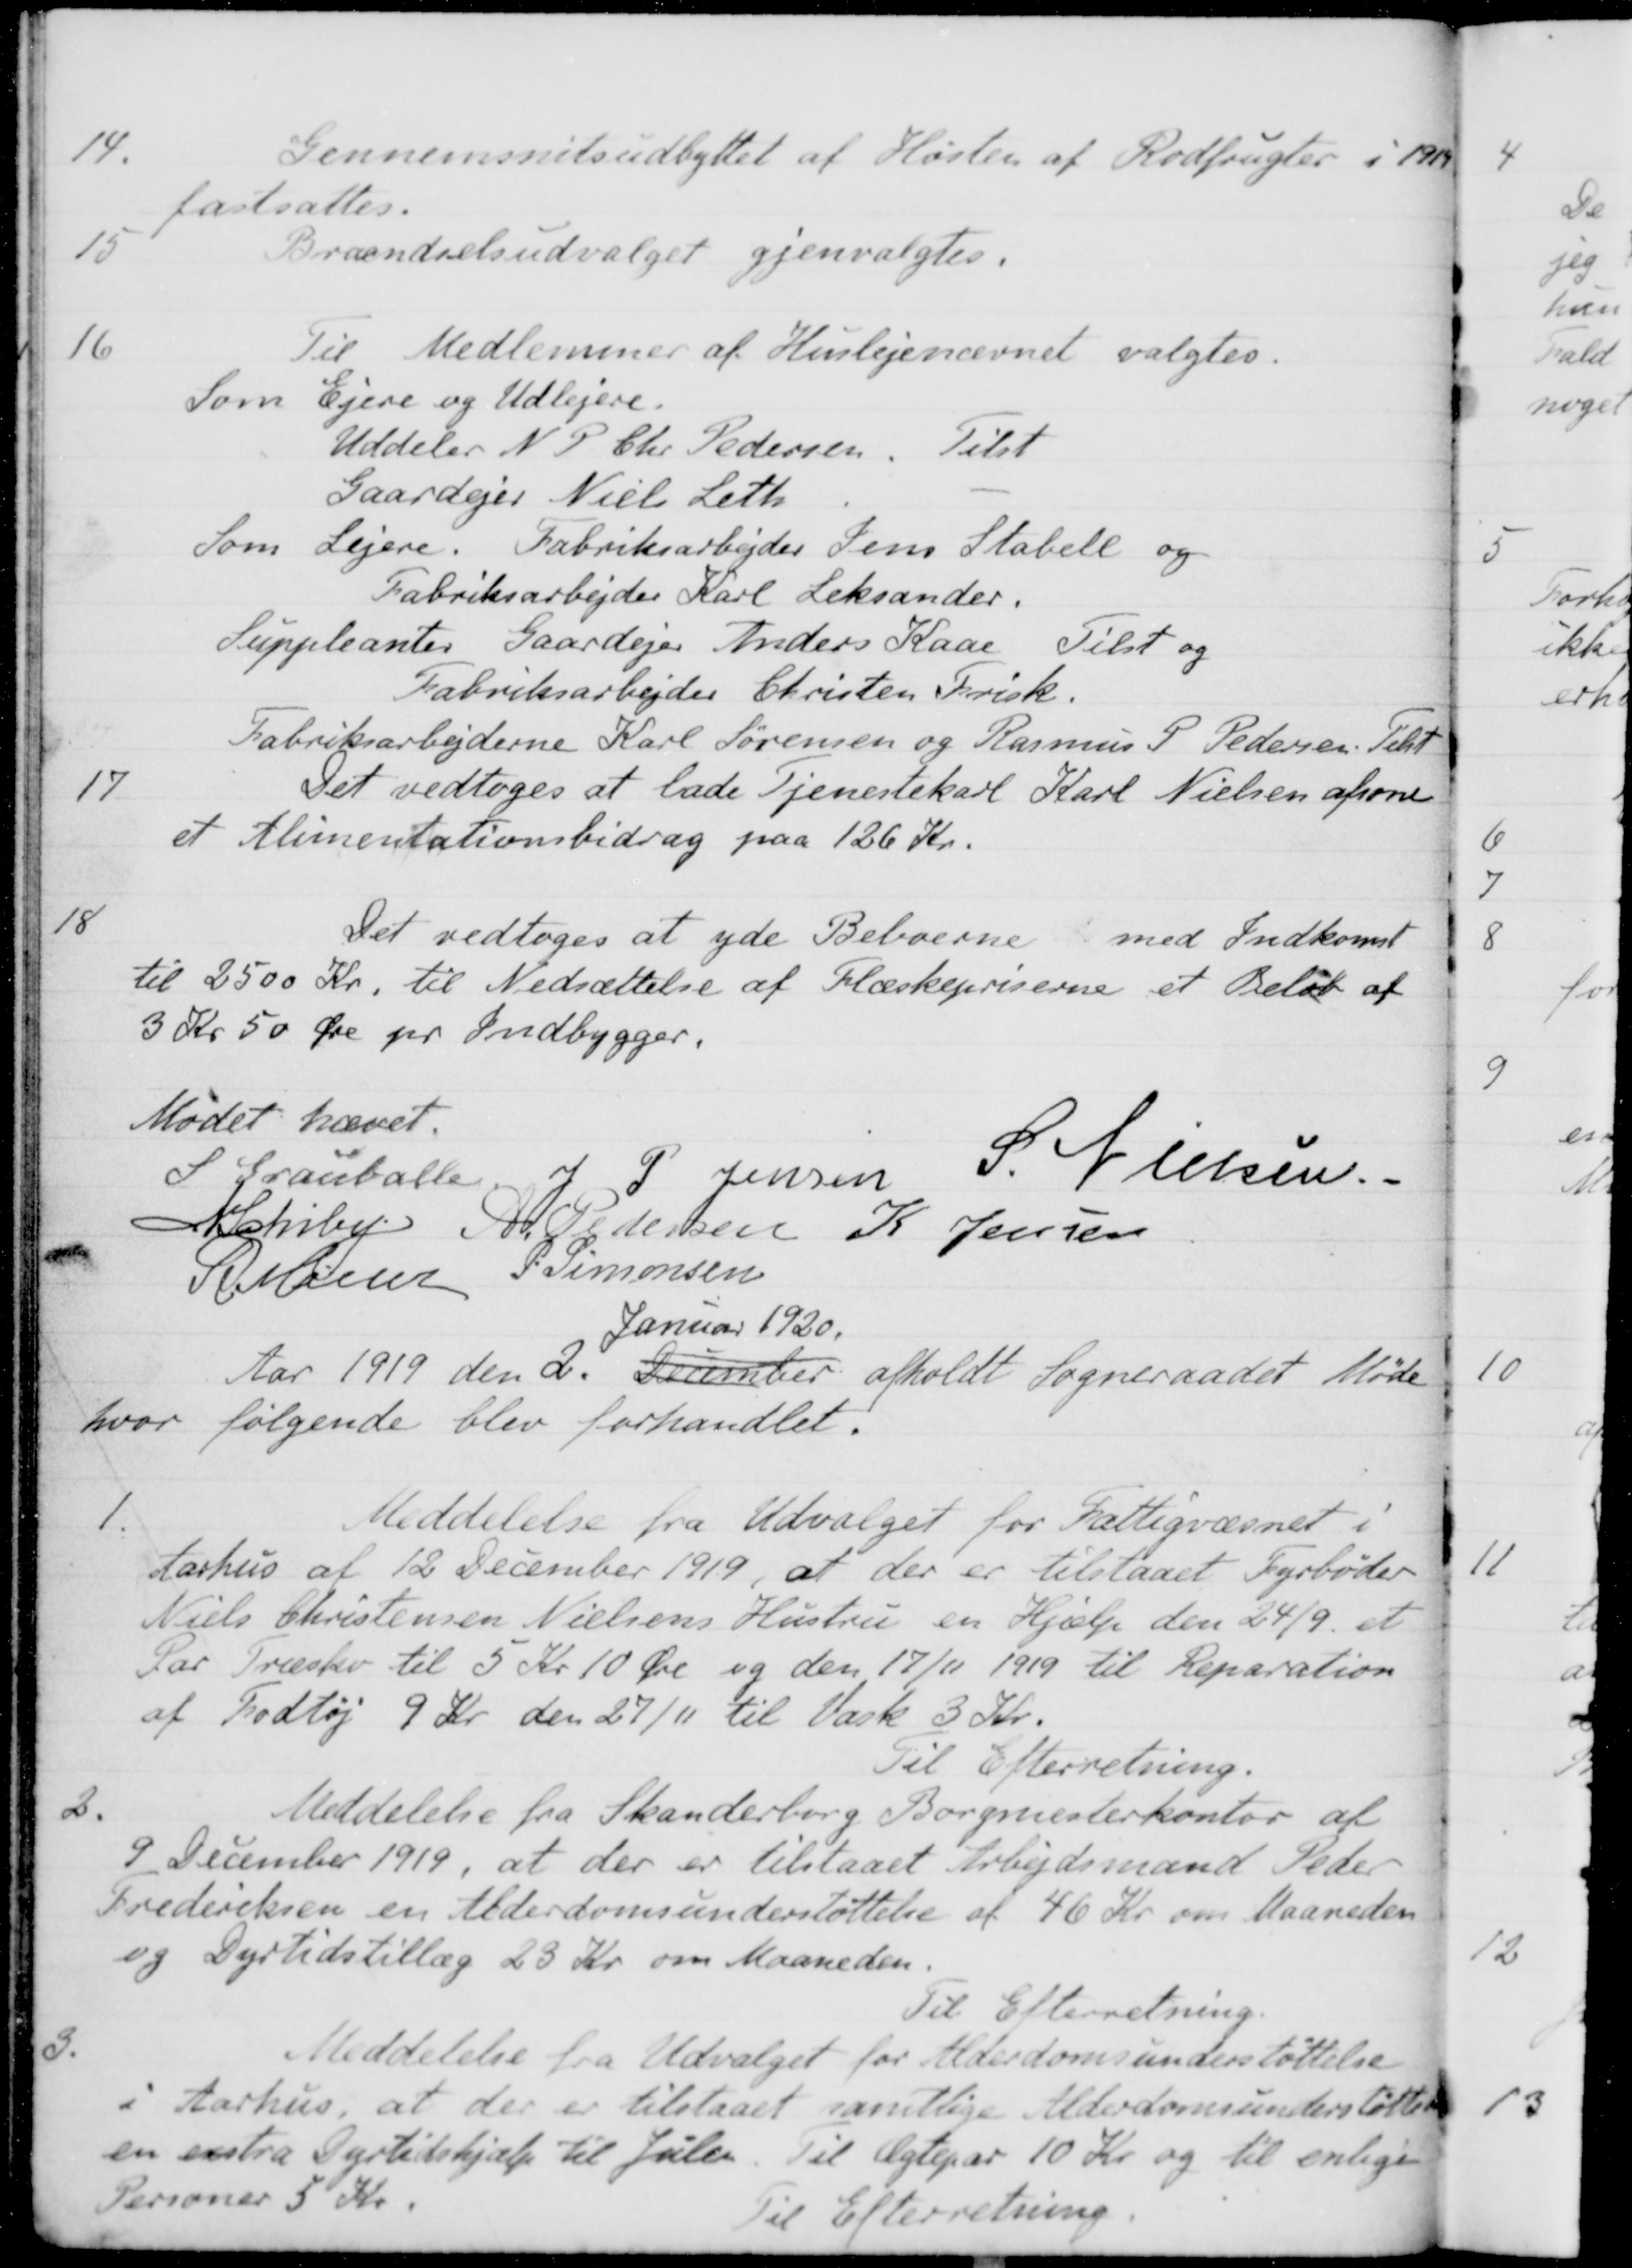
Transskription:
14.
Gennemsnitsudbyttet af Høsten af Rodfrugter i 1919
fastsattes.
15
Brændselsudvalget gjenvalgtes.
16
Til Medlemmer af Huslejenævnet valgtes.
Som Ejere og Udlejere.
Uddeler N. P. Chr. Pedersen
Tilst
Gaardejer Niels Leth
Som Lejere. Fabriksarbejder Jens Stabell og
Fabriksarbejder Karl Leksander.
Suppleanter Gaardejer Anders Kaae Tilst og
Fabriksarbejder Christen Frisk.
Fabriksarbejderne Karl Sørensen og Rasmus P. Pedersen. Tilst
17
Det vedtoges at lade Tjenestekarl Karl Nielsen afsone
et Alimentationsbidrag paa 126 Kr.
18
Det vedtoges at yde Beboerne med Indkomst
til 2500 Kr. til Nedsættelse af Flæskepriserne et Beløb af
3 Kr 50 Øre pr Indbygger.
Mødet hævet.
S Grauballe
J. P. Jensen
S. Nielsen.
N Schiby
A Pedersen
K Jensen
H Møller
P Simonsen
Aar 1919 den 2. December
Januar 1920.
afholdt Sogneraadet Møde
hvor følgende blev forhandlet.
1.
Meddelelse fra Udvalget for Fattigvæsnet i
Aarhus af 12 December 1919, at der er tilstaaet Fyrbøder
Niels Christensen Nielsens Hustru en Hjælp den 24/9. et
Par Træsko til 5 Kr 10 Øre og den 17/11 1919 til Reparation
af Fodtøj 9 Kr den 27/11 til Vask 3 Kr.
Til Efterretning.
2.
Meddelelse fra Skanderborg Borgmesterkontor af
9 December 1919, at der er tilstaaet Arbejdsmand Peder
Frederiksen en Alderdomsunderstøttelse af 46 Kr. om Maaneden
og Dyrtidstillæg 23 Kr om Maaneden.
Til Efterretning.
3.
Meddelelse fra Udvalget for Alderdomsunderstøttelse
i Aarhus, at der er tilstaaet samtlige Alderdomsunderstøttede
en exstra Dyrtidshjælp til Julen. Til Ægtepar 10 Kr. og til enlige
Personer 5 Kr
Til Efterretning